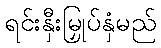
ရင်းနှီးမြှုပ်နှံမည်